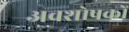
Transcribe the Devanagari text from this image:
अवशोषकों